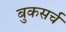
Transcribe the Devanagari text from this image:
बुकसर्च